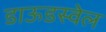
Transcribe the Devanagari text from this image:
डाऊडस्वेल